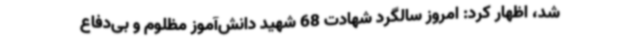
شد، اظهار کرد: امروز سالگرد شهادت 68 شهید دانش‌آموز مظلوم و بی‌دفاع